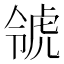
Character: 𧆺